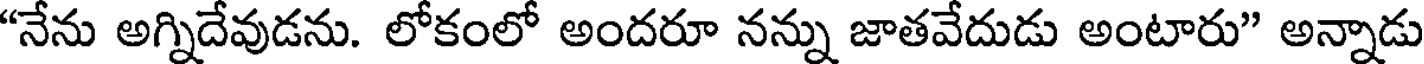
"నేను అగ్నిదేవుడను. లోకంలో అందరూ నన్ను జాతవేదుడు అంటారు" అన్నాడు